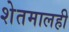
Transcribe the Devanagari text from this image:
शेतमालही